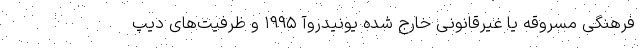
فرهنگی مسروقه یا غیرقانونی خارج شده یونیدروآ ۱۹۹۵ و ظرفیت‌های دیپ